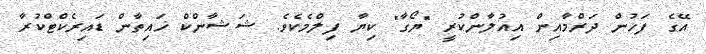
އޭގެ ފަހުން ދަރްމާއިން އިއުލާންކުރީ "ޔޯގާ" ކިޔާ ފިލްމެކެވެ. ޝަޝާންކް ޚައިތާން ޑައިރެކްޓްކުރާ